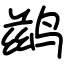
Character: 鹚